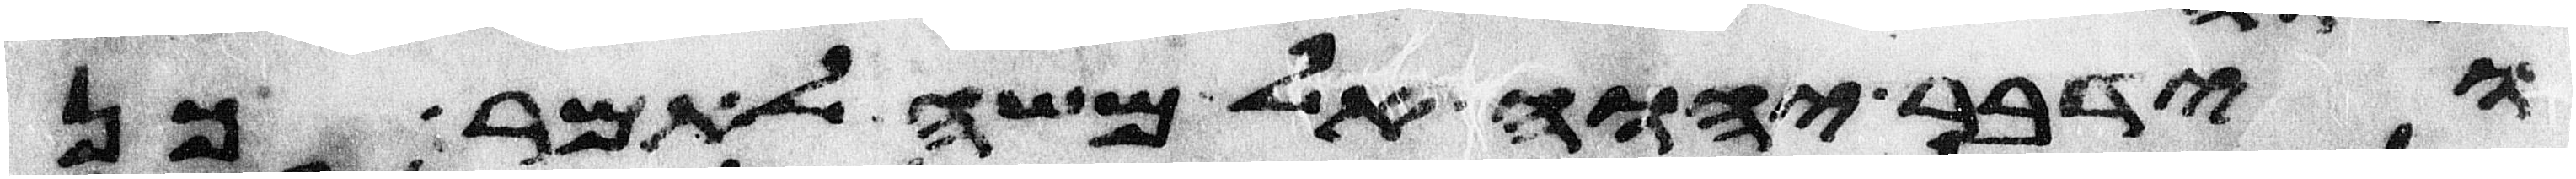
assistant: וידבר יהוה אל משה לאמר כן